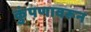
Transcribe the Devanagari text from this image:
कुंपणावरून